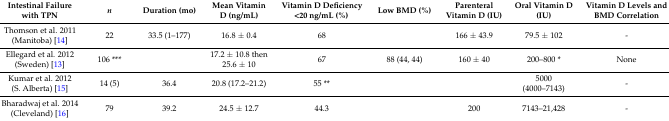
<table><thead><tr><td><b>Intestinal Failure with TPN</b></td><td><b><i>n</i></b></td><td><b>Duration (mo)</b></td><td><b>Mean Vitamin D (ng/mL)</b></td><td><b>Vitamin D Deficiency &lt;20 ng/mL (%)</b></td><td><b>Low BMD (%)</b></td><td><b>Parenteral Vitamin D (IU)</b></td><td><b>Oral Vitamin D (IU)</b></td><td><b>Vitamin D Levels and BMD Correlation</b></td></tr></thead><tbody><tr><td>Thomson et al. 2011 (Manitoba) [14]</td><td>22</td><td>33.5 (1–177)</td><td>16.8 ± 0.4</td><td>68</td><td></td><td>166 ± 43.9</td><td>79.5 ± 102</td><td>-</td></tr><tr><td>Ellegard et al. 2012 (Sweden) [13]</td><td>106 ***</td><td></td><td>17.2 ± 10.8 then 25.6 ± 10</td><td>67</td><td>88 (44, 44)</td><td>160 ± 40</td><td>200–800 *</td><td>None</td></tr><tr><td>Kumar et al. 2012 (S. Alberta) [15]</td><td>14 (5)</td><td>36.4</td><td>20.8 (17.2–21.2)</td><td>55 **</td><td></td><td></td><td>5000 (4000–7143)</td><td>-</td></tr><tr><td>Bharadwaj et al. 2014 (Cleveland) [16]</td><td>79</td><td>39.2</td><td>24.5 ± 12.7</td><td>44.3</td><td></td><td>200</td><td>7143–21,428</td><td>-</td></tr></tbody></table>